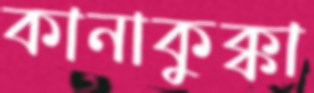
কানাকুক্কা